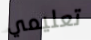
تعليمي